Document type: Sale
Year: 1461
Scribe: [Unknown]
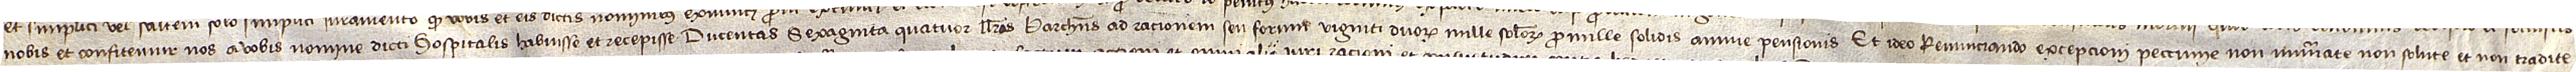
nobis et confitemur nos a vobis nomine dicti hospitalis habuisse et recepisse ducentas sexaginta quatuor llibras barchinonenses, ad rationem seu forum viginti duorum mille solidorum pro mille solidis annue pensionis. Et ideo, renunciando excepcioni peccunie non numerate, non solute et non tradite,